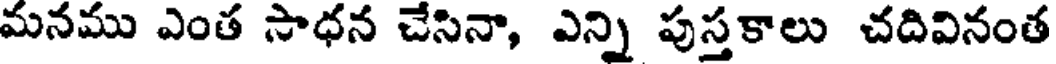
మనము ఎంత సాధన చేసినా, ఎన్ని పుస్తకాలు చదివినంత